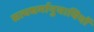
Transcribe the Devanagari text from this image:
सत्यधर्मानुयायियों